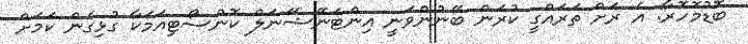
ބޮޑުމޮހޮރާ: އެ ރަށް ތަރައްގީ ކުރަން ބޭނުންވަނީ އިންޓަނޭޝަަނަލް ކޮންސޯޓިއަމަކާ ގުޅިގެން ކަމަށް